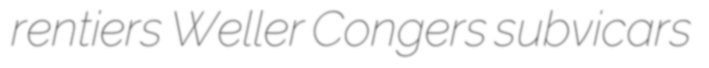
rentiers Weller Congers subvicars